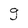
Character: g